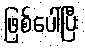
ဖြစ်ပေါ်ပြီး